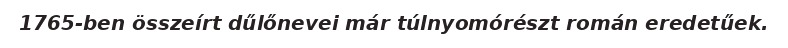
1765-ben összeírt dűlőnevei már túlnyomórészt román eredetűek.